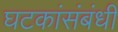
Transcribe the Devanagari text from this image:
घटकांसंबंधी